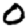
Digit: 0